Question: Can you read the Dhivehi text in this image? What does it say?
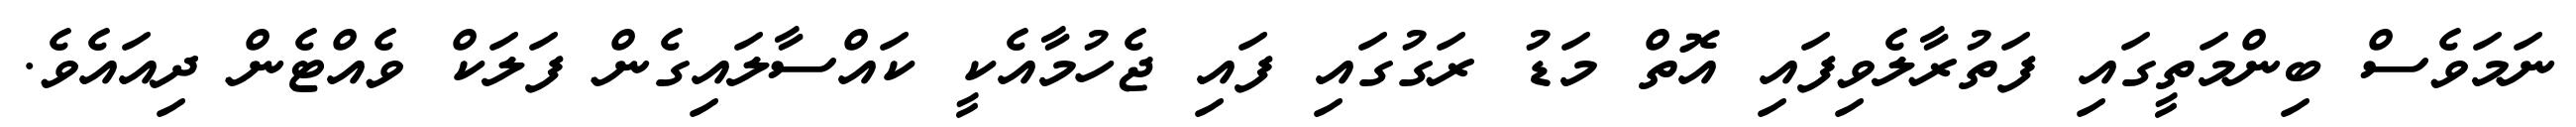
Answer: ނަމަވެސް ބިންމަތީގައި ފަތުރާލެވިފައި އޮތް މަޑު ރަގުގައި ފައި ޖެހުމާއެކީ ކައްސާލައިގެން ފަލަކް ވެއްޓެން ދިއައެވެ.